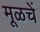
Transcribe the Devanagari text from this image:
मूळचें